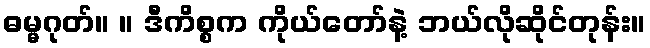
ဓမ္မဂုတ်။ ။ ဒီကိစ္စက ကိုယ်တော်နဲ့ ဘယ်လိုဆိုင်တုန်း။